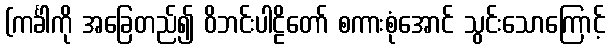
(ကင်္ခါကို အခြေတည်၍ ဝိဘင်းပါဠိတော် စကားစုံအောင် သွင်းသောကြောင့်